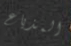
المذياع